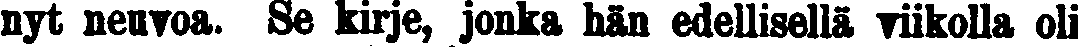
nyt neuvoa. Se kirje, jonka hän edellisellä viikolla oli